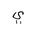
Letter: _ya